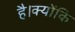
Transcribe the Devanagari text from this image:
है।क्योंकि